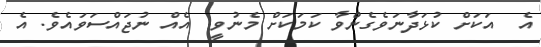
އެ  އަކަށް ކުޅަދާނަވެގެންވާ ކަމަކަށް މެނުވީ  އެއް ނުޖައްސަވައެވެ. އެ